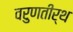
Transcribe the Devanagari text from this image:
वरुणतीर्थ